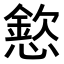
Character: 𢡮